画像に写った文字を読んでください
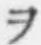
「ヲ」と書いてあります